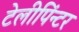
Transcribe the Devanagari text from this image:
टेलीपिंन्टर